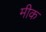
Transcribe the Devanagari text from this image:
मीक